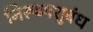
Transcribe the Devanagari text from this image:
निरूढपशुबंध